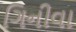
ગિનીવા